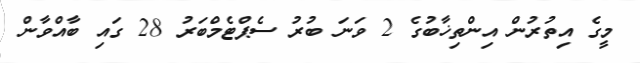
މީގެ އިތުރުން އިންތިޚާބުގެ 2 ވަނަ ބުރު ސެޕްޓެމްބަރު 28 ގައި ބާއްވާން